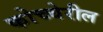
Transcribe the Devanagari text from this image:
कोच्चेरील